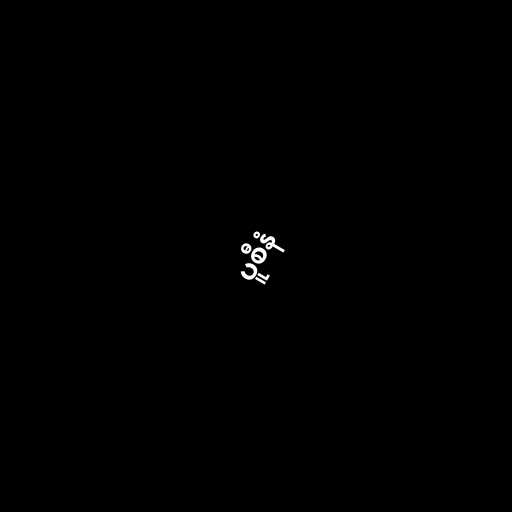
ပူစီနံ